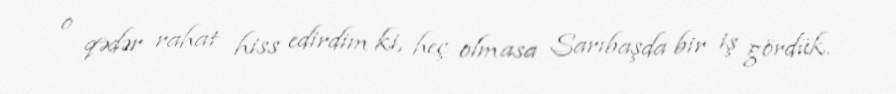
o qədər rahat hiss edirdim ki, heç olmasa Sarıbaşda bir iş gördük.